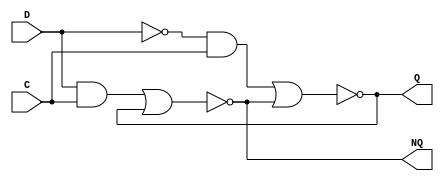
/* ----- ----- ----- ----- ----- -----
	Design: Delay Latch
 	Filename: D_latch.v
	Coder: Gabriel Maruschi
 	Versions: /july_2024/
	----- ----- ----- ----- ----- -----
*/ 

module D_latch(Q, NQ, D, C);
    output Q, NQ; // Q and NQ are actual state values (complementary)
    input D, C;   // D is the new value you want to storage
                  // C is the control signal: C = 0 -> HOLD VALUE
                  //                          C = 1 -> UPDATE STORAGED VALUE TO D

    wire S, R;

    and a1(S, D, C);
    and a2(R, ~D, C);

    nor nor1(NQ, S, Q);
    nor nor2(Q, R, NQ);
endmodule